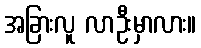
အခြားလူ လာဦးမှာလား။